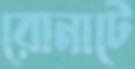
রোনাটে